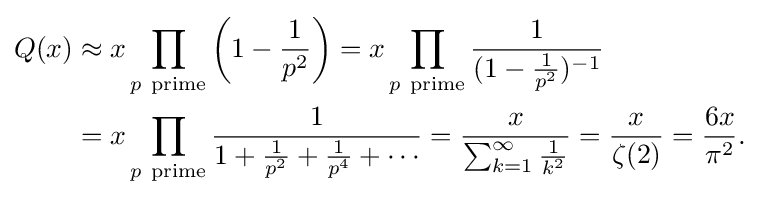
{\begin{aligned}Q(x)&\approx x\prod _{p\ {\text{prime}}}\left(1-{\frac {1}{p^{2}}}\right)=x\prod _{p\ {\text{prime}}}{\frac {1}{(1-{\frac {1}{p^{2}}})^{-1}}}\\&=x\prod _{p\ {\text{prime}}}{\frac {1}{1+{\frac {1}{p^{2}}}+{\frac {1}{p^{4}}}+\cdots }}={\frac {x}{\sum _{k=1}^{\infty }{\frac {1}{k^{2}}}}}={\frac {x}{\zeta (2)}}={\frac {6x}{\pi ^{2}}}.\end{aligned}}